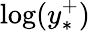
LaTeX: \log(y_{*}^{+})